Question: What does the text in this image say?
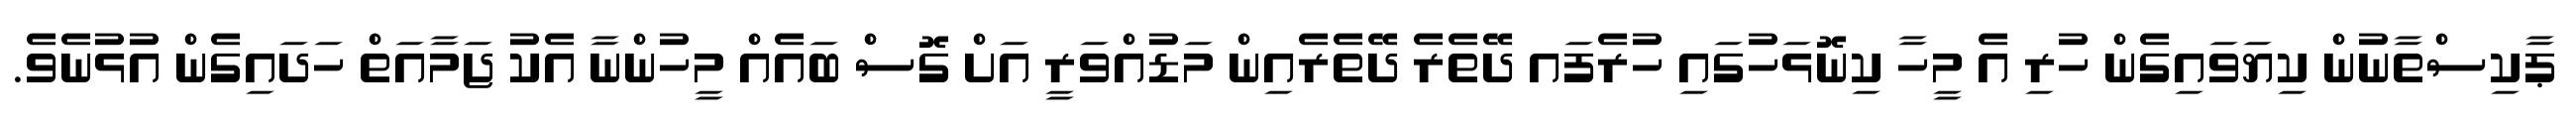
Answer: ޕާކިސްތާނުން ކިޔަވައިގެން ހުރި އެ މީހާ ކިނޮޅަހުގައި ހުރެފައ ދޭތެރެ ދޭތެރެއިން މަޑުއްވަރީ އަށް ގޮސް ބައެއް މީހުންނާ އެކު ޖަމާއަތް ހަދައިގެން އުޅުނެވެ.